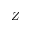
Z